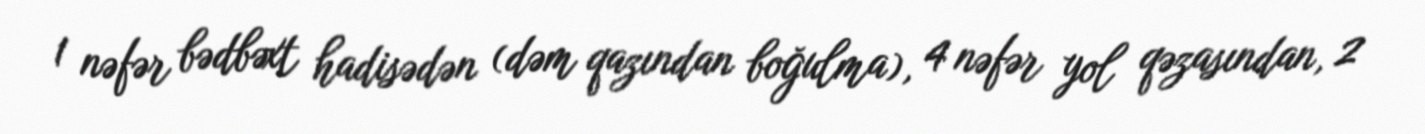
1 nəfər bədbəxt hadisədən (dəm qazından boğulma), 4 nəfər yol qəzasından, 2